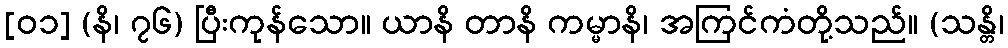
[၀၁] (နိ၊ ၇၆) ပြီးကုန်သော။ ယာနိ တာနိ ကမ္မာနိ၊ အကြင်ကံတို့သည်။ (သန္တိ၊